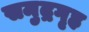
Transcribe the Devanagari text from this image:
समुद्रगृह